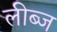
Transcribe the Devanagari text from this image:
लीब्ज